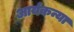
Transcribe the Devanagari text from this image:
आर्यकन्या